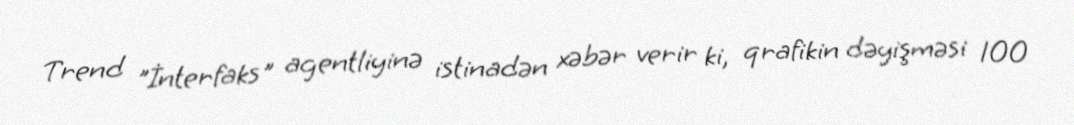
Trend "İnterfaks" agentliyinə istinadən xəbər verir ki, qrafikin dəyişməsi 100